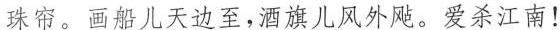
珠帘。画船儿天边至，酒旗儿风外。爱杀江南！